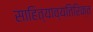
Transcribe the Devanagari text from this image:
साहित्याव्यतिरिक्त